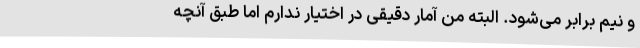
و نیم برابر می‌شود. البته من آمار دقیقی در اختیار ندارم اما طبق آنچه